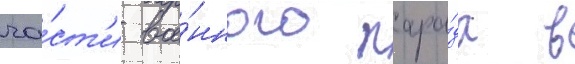
ча́ст'и вое́нного пара́да в